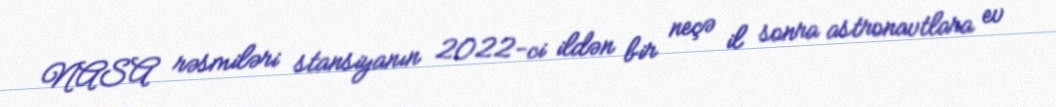
NASA rəsmiləri stansiyanın 2022-ci ildən bir neçə il sonra astronavtlara ev